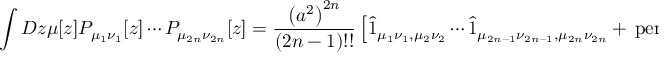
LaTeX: \int { \cal D } z \mu [ z ] { \cal P } _ { \mu _ { 1 } \nu _ { 1 } } [ z ] \cdots { \cal P } _ { \mu _ { 2 n } \nu _ { 2 n } } [ z ] = \frac { \left( a ^ { 2 } \right) ^ { 2 n } } { ( 2 n - 1 ) ! ! } \left[ \hat { 1 } _ { \mu _ { 1 } \nu _ { 1 } , \mu _ { 2 } \nu _ { 2 } } \cdots \hat { 1 } _ { \mu _ { 2 n - 1 } \nu _ { 2 n - 1 } , \mu _ { 2 n } \nu _ { 2 n } } + { \, } \mathrm { p e r m u t a t i o n s } { \, } \right] .